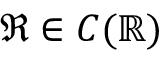
\mathfrak { R } \in C ( \mathbb { R } )